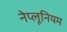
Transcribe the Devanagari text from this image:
नेप्लूनियम